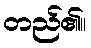
တည်၏။